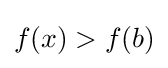
f(x)>f(b)